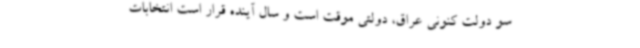
سو دولت کنونی عراق، دولتی موقت است و سال آینده قرار است انتخابات